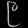
Digit: ၉